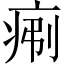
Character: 𪽯